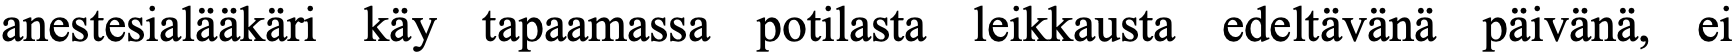
anestesialääkäri käy tapaamassa potilasta leikkausta edeltävänä päivänä, ei